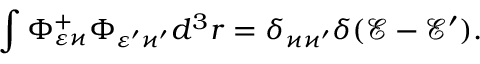
\int \Phi _ { \varepsilon \varkappa } ^ { + } \Phi _ { \varepsilon ^ { \prime } \varkappa ^ { \prime } } d ^ { 3 } r = \delta _ { \varkappa \varkappa ^ { \prime } } \delta ( \mathcal { E } - \mathcal { E } ^ { \prime } ) .